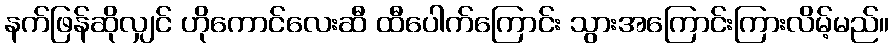
နက်ဖြန်ဆိုလျှင် ဟိုကောင်လေးဆီ ထီပေါက်ကြောင်း သွားအကြောင်းကြားလိမ့်မည်။